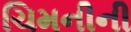
ચિમનીની